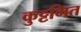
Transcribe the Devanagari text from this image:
कुट्टमित